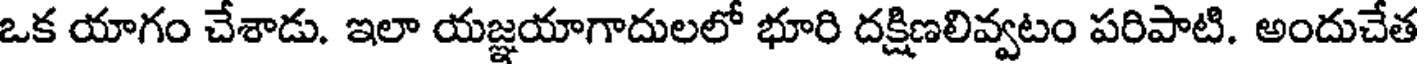
ఒక యాగం చేశాడు. ఇలా యజ్ఞయాగాదులలో భూరి దక్షిణలివ్వటం పరిపాటి. అందుచేత